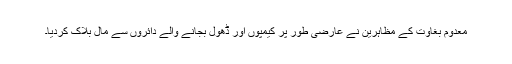
معدوم بغاوت کے مظاہرین نے عارضی طور پر کیمپوں اور ڈھول بجانے والے دائروں سے مال بلاک کردیا۔